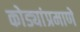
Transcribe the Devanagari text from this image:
कोड्यांप्रमाणे